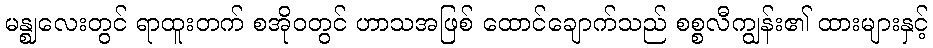
မန္ဈလေးတွင် ရာထူးတက် စအိုဝတွင် ဟာသအဖြစ် ထောင်ချောက်သည် စစ္စလီကျွန်း၏ ထားများနှင့်